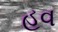
હૂવ